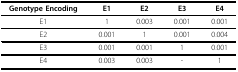
<table><thead><tr><td><b>Genotype Encoding</b></td><td><b>E1</b></td><td><b>E2</b></td><td><b>E3</b></td><td><b>E4</b></td></tr></thead><tbody><tr><td>E1</td><td>1</td><td>0.003</td><td>0.001</td><td>0.001</td></tr><tr><td>E2</td><td>0.001</td><td>1</td><td>0.001</td><td>0.004</td></tr><tr><td>E3</td><td>0.001</td><td>0.001</td><td>1</td><td>0.001</td></tr><tr><td>E4</td><td>0.003</td><td>0.003</td><td>-</td><td>1</td></tr></tbody></table>